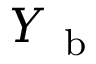
Y _ { \mathrm { ~ b ~ } }